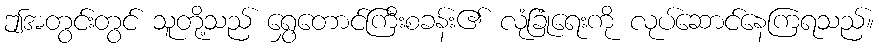
ဤအတွင်းတွင် သူတို့သည် ရွှေတောင်ကြီးစခန်း၏ လုံခြုံရေးကို လုပ်ဆောင်နေကြရသည်။